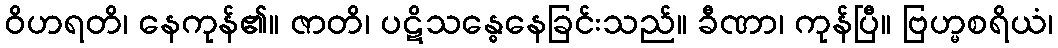
ဝိဟရတိ၊ နေကုန်၏။ ဇာတိ၊ ပဋိသန္ဓေနေခြင်းသည်။ ခီဏာ၊ ကုန်ပြီ။ ဗြဟ္မစရိယံ၊